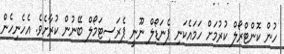
ހުން ކޮންޓްރޯލް ކުރުމަށް ހަމައެކަނި ޕެނަޑޯލް ނޫނީ ޕެރަސިޓަމޯލް ބޭނުން ކުރާށެވެ. އެހެނިހެން